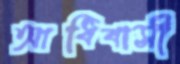
আধিবাসী